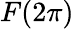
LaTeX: F(2\pi)